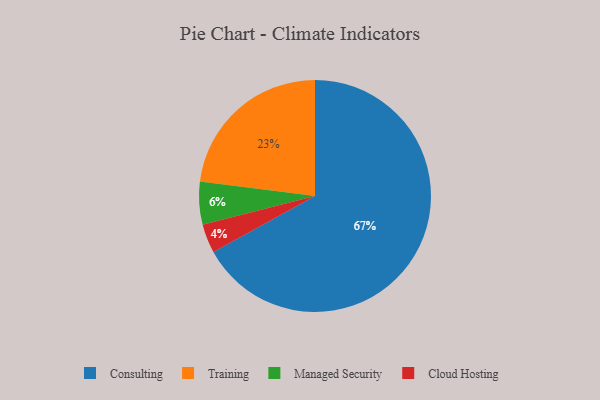
{"axis": {"x": "Category", "y": "Percentage"}, "legend": ["Cloud Hosting", "Consulting", "Managed Security", "Training"], "data": [{"x": "Consulting", "y": 67, "type": "Consulting"}, {"x": "Training", "y": 23, "type": "Training"}, {"x": "Cloud Hosting", "y": 4, "type": "Cloud Hosting"}, {"x": "Managed Security", "y": 6, "type": "Managed Security"}]}